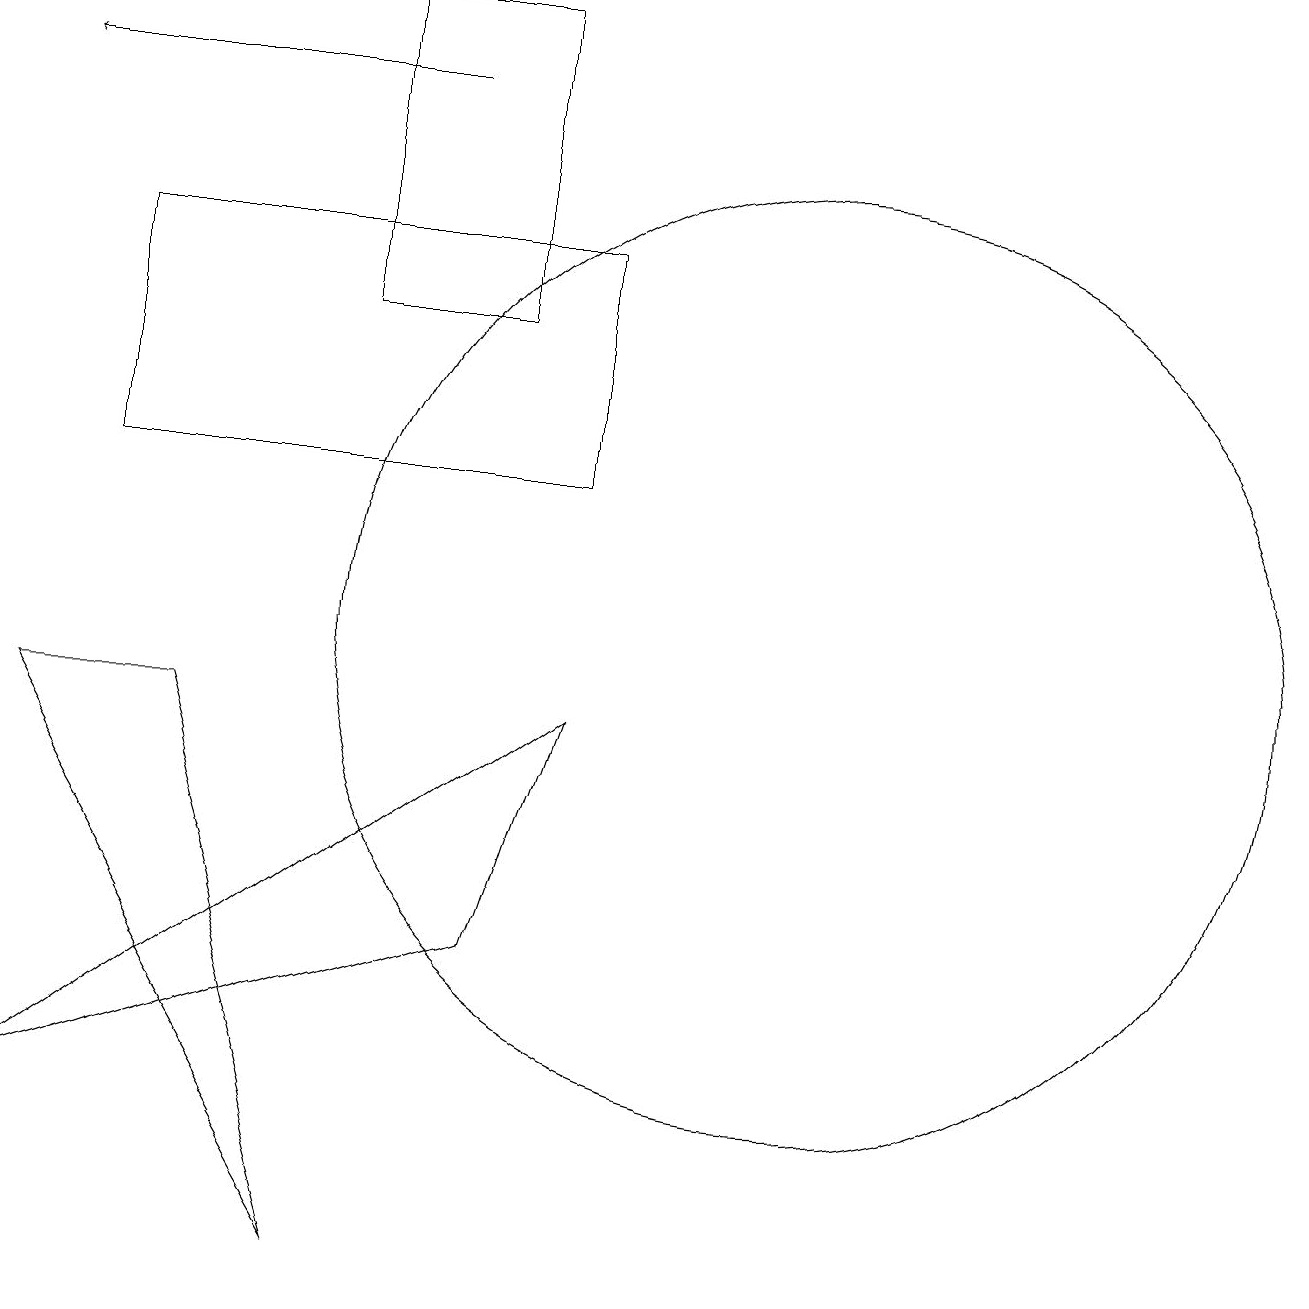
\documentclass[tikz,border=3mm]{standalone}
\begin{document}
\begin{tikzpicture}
\draw (12,10) circle (6);
\draw[->] (7,17) -- (2,17);
\draw (8,18) rectangle (6,14);
\draw (9,12) rectangle (3,15);
\draw (2,4) -- (9,9) -- (8,6) -- cycle;
\draw (6,2) -- (2,9) -- (4,9) -- cycle;
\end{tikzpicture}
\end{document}